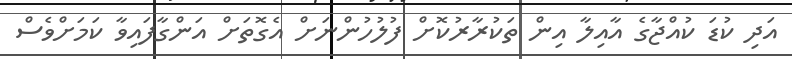
އަދި ކުޑަ ކުއްޖާގެ އާއިލާ އިން ތަކުރާރުކޮށް ފުލުހުންނަށް އެގޮތަށް އަންގާފައިވާ ކަމަށްވެސް